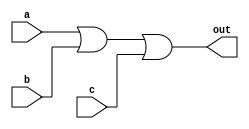
module top_module(
	input a, 
	input b,
	input c,
	output out
);

	// SOP form: Three prime implicants (1 term each), summed.
	// POS form: One prime implicant (of 3 terms)
	// In this particular case, the result is the same for both SOP and POS.
	assign out = (a | b | c);
	
endmodule